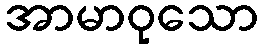
အာမာဝုသော